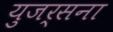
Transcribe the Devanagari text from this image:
युजर्सना